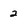
Character: 2